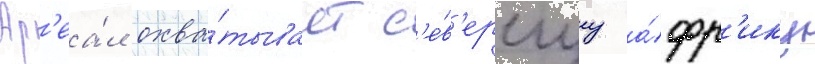
Ар'еа́л охва́тывает с'е́в'ернуу а́фр'ику